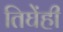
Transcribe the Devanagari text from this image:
तिघेंही